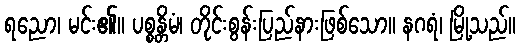
ရညော၊ မင်း၏။ ပစ္စန္တိမံ၊ တိုင်းစွန်းပြည်နားဖြစ်သော။ နဂရံ၊ မြို့သည်။